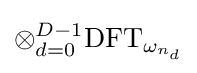
\textstyle \otimes _{d=0}^{D-1}{\text{DFT}}_{\omega _{n_{d}}}